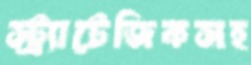
স্ট্র্যাটেজিকসহ